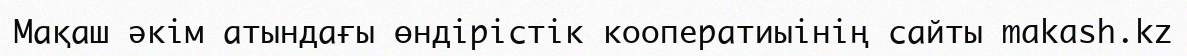
Мақаш әкім атындағы өндірістік кооператиыінің сайты makash.kz